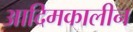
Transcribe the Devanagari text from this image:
आदिमकालीन